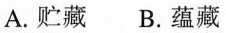
A.贮藏 B.蕴藏